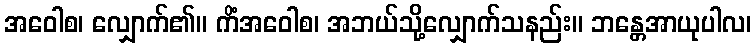
အဝေါစ၊ လျှောက်၏။ ကိံအဝေါစ၊ အဘယ်သို့လျှောက်သနည်း။ ဘန္တေအာယုပါလ၊